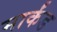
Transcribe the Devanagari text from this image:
मार्कंड